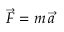
{ \vec { F } } = m \, { \vec { a } }